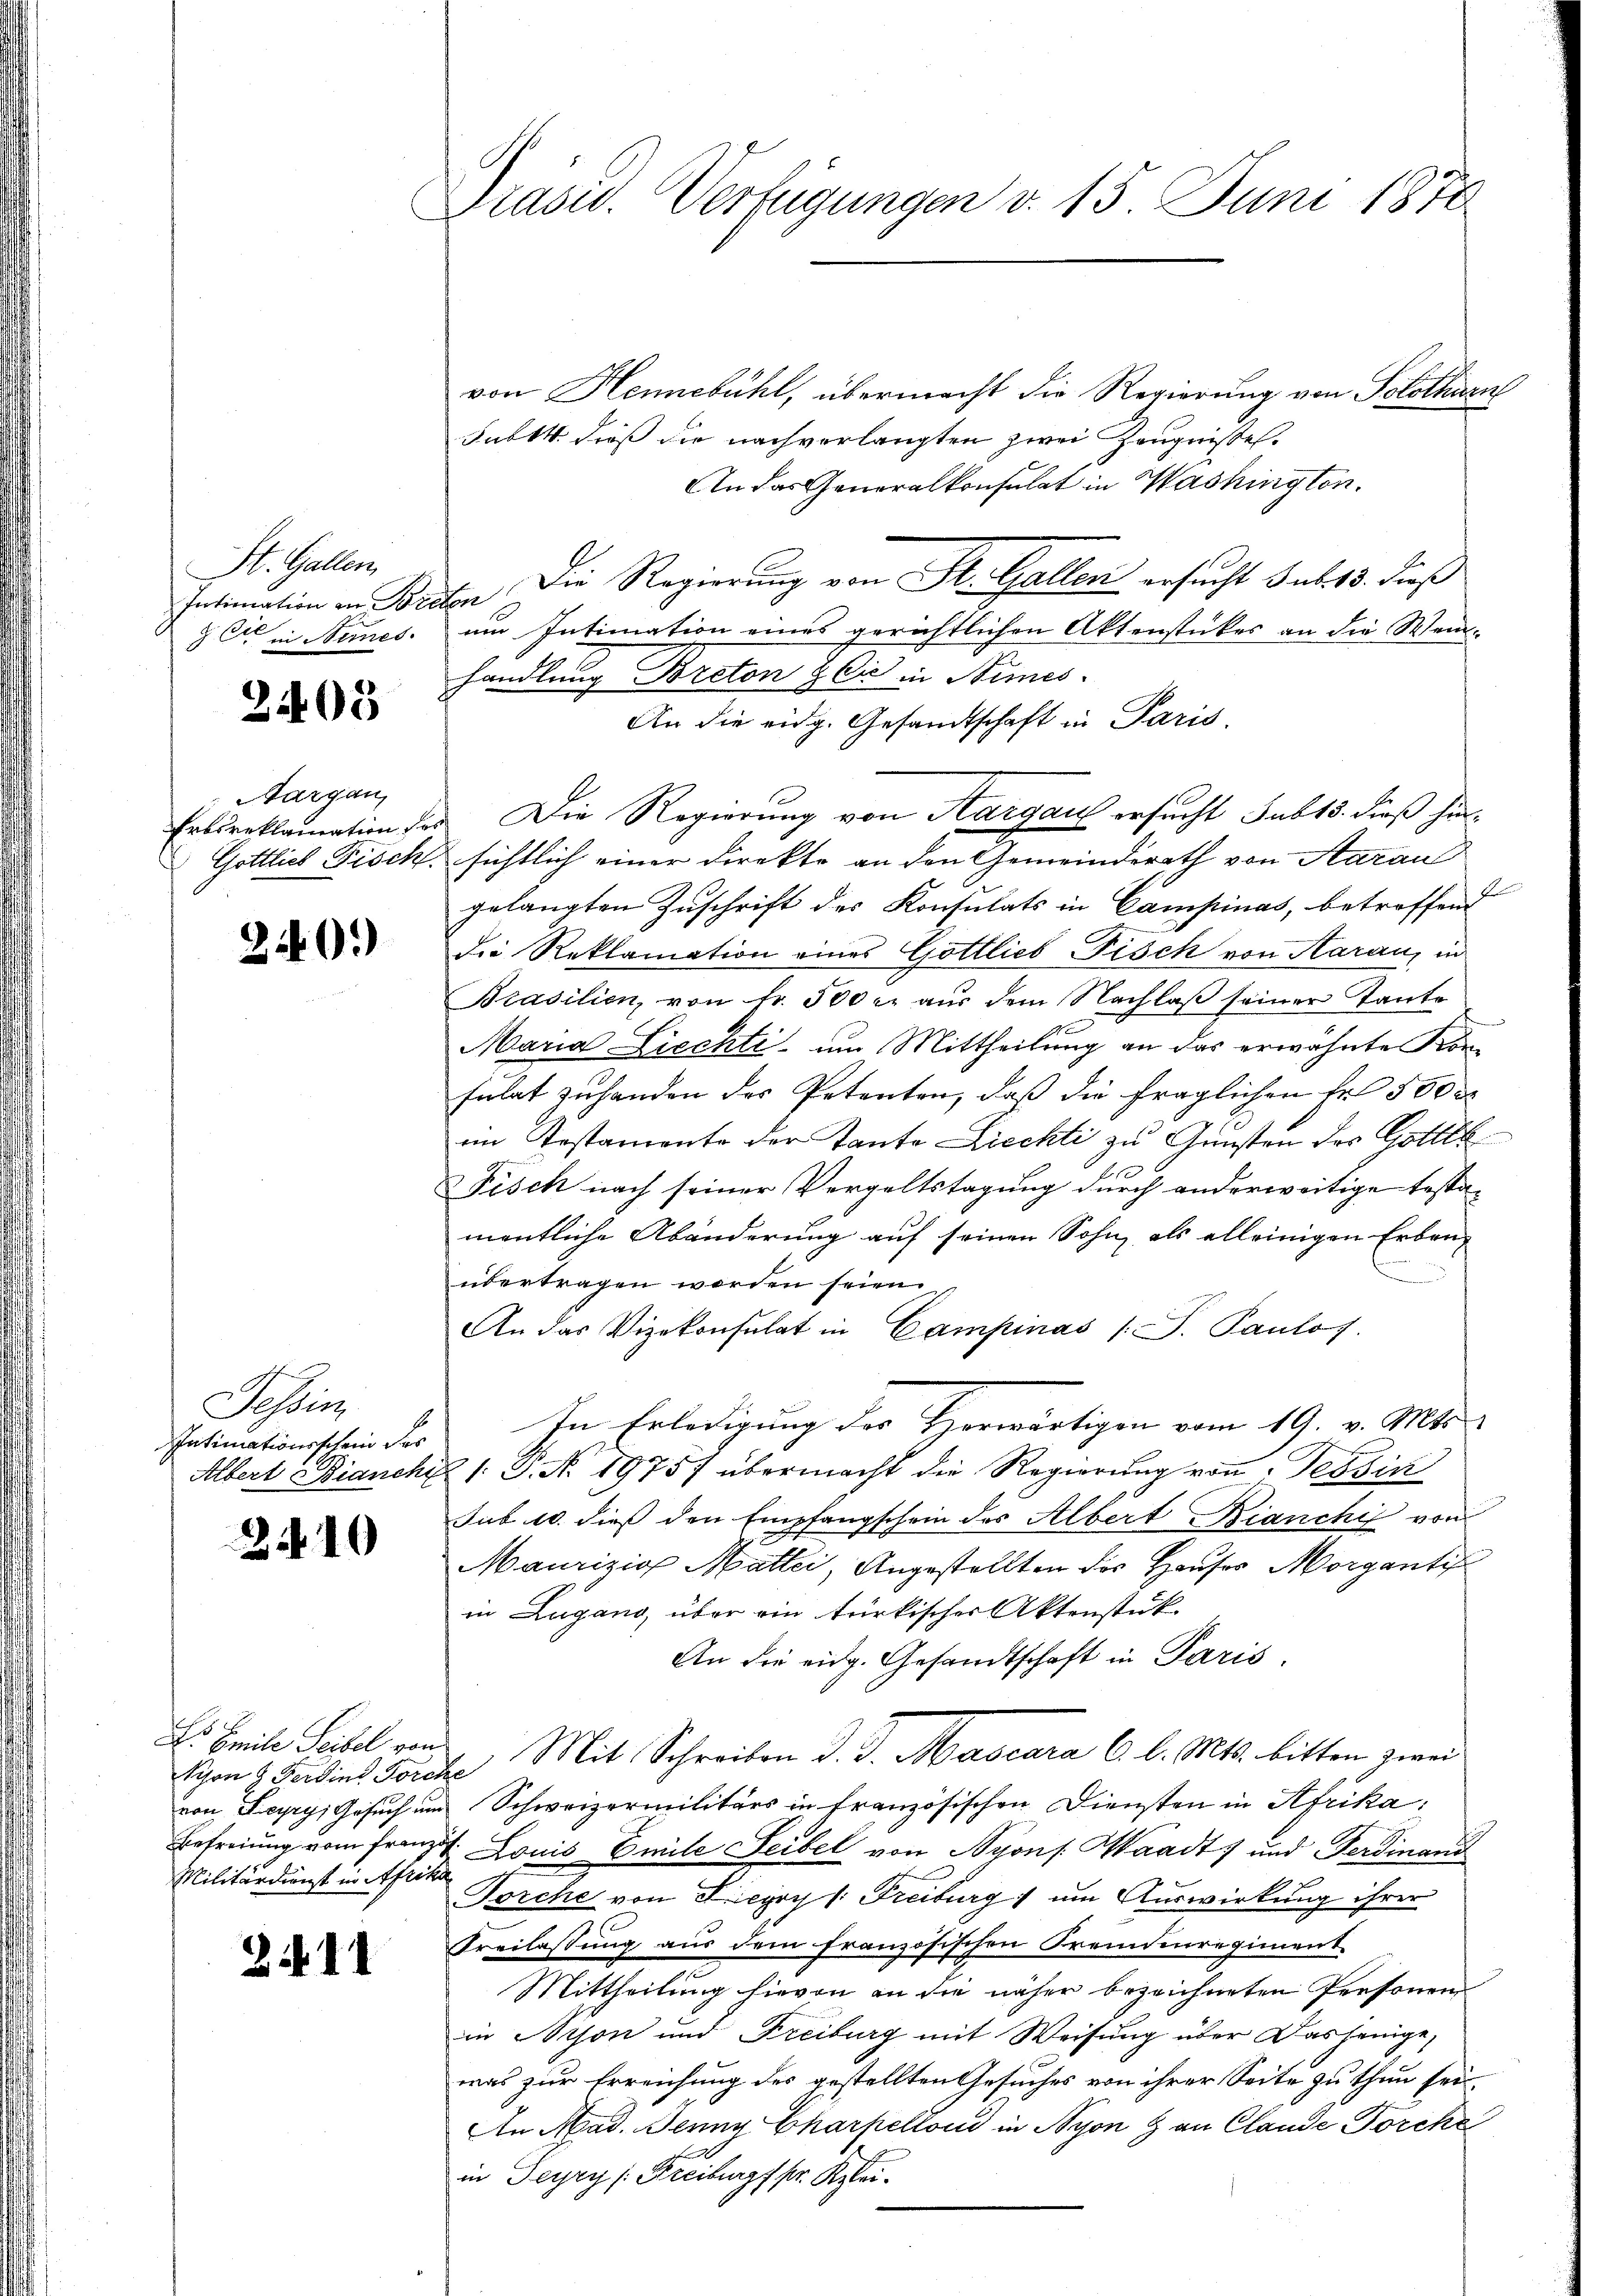
St. Gallen,
 Cie in Bernes

2405

Aargau,
Erbsreklamation der
Gottlich Fisch.

20.)

Tessin
Intimationsschein des
Albert Bianche

2410

Dr Emile Seibel von
Schon 8. Ferdine Forche
von Leyry, Gesuch um
Befreiung vom Franz
Militärdienst in Afrik

22

1

Präsid. Verfügungen v. 15 Juni 1870

von Hennebühl, übermacht die Regierung von Solothurn
Fabtt. dieß die nachverlangten zwei Zeugnisses
An das Generalkonsulat in Washington.
Intimation an Braten Die Regierung von St. Gallen ersucht sub 15. dieß
um Intimation eines gerichtlichen Aktenstückes an die Weinhandlung Proton & Cie in Stimes.
An die eidg. Gesandtschaft in Paris
sichtlich einer Direkte an den Gemeinderath von Aarau
gelangten Zuschrift des Konsulats in Campinas, betroffend
die Reklamation eines Gottlieb Fisch von Aarau, in
Prasilien, von fr. 500 c. aŭs dem Nachlaβ seiner Tante
Maria Liechti, um Mittheilung an das erwähnte Konsulat zu handen des Petenten, daß die fraglichen Er 500 d
im Testamente der Tante Liechti zu Gunsten der Gattik
Fisch nach seiner Vergeltstagung durch anderweitige Testa-
mentliche Abänderung auf seinen Sohn als alleinigen Erben-
übertragen worden seien.
An das Vizekonsulat in Campinas /: P. Paulos.
In Erledigung des Horwärtigen vom 19. v. Mts.
21: P. N. 19757 übermacht die Regierŭng von Tessin
sub 10. dieß den Empfangschein des Albert Bianchi von
Maurizio Mattei, Angestellten des Hauser Morgantis
in Zugano, über ein türkischer Aktenstük
An die eidg. Gesandtschaft in Paris.
. Mit Schreiben d. J. Mascara 6 l. Mts. bitten zwei
Schweizermilitärs in französischen Diensten in Afrika:
4. Louis Emile Leibel von Nyons. Waadt) und Ferdinand
Torche von Lepry v. Freiburg) um Auswirkung ihrer
Freilassung aus dem französischen Fremdenregiment.
Mittheilung hievon an die näher bezeichneten Personen
in Mison und Freiburg mit Weisung über dasjenige,
was zur Erreichung des gestellten Gesuches von ihrer Seite zu thun sei.
An Mad. Jenny Charpelland in Nyon & an Claude Torcke
in Feyry /: Freiburg f pr. Klei¬

Die Regierung von Aargau ersucht sub 15. dieß hin¬